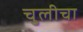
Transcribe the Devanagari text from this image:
चुलीचा